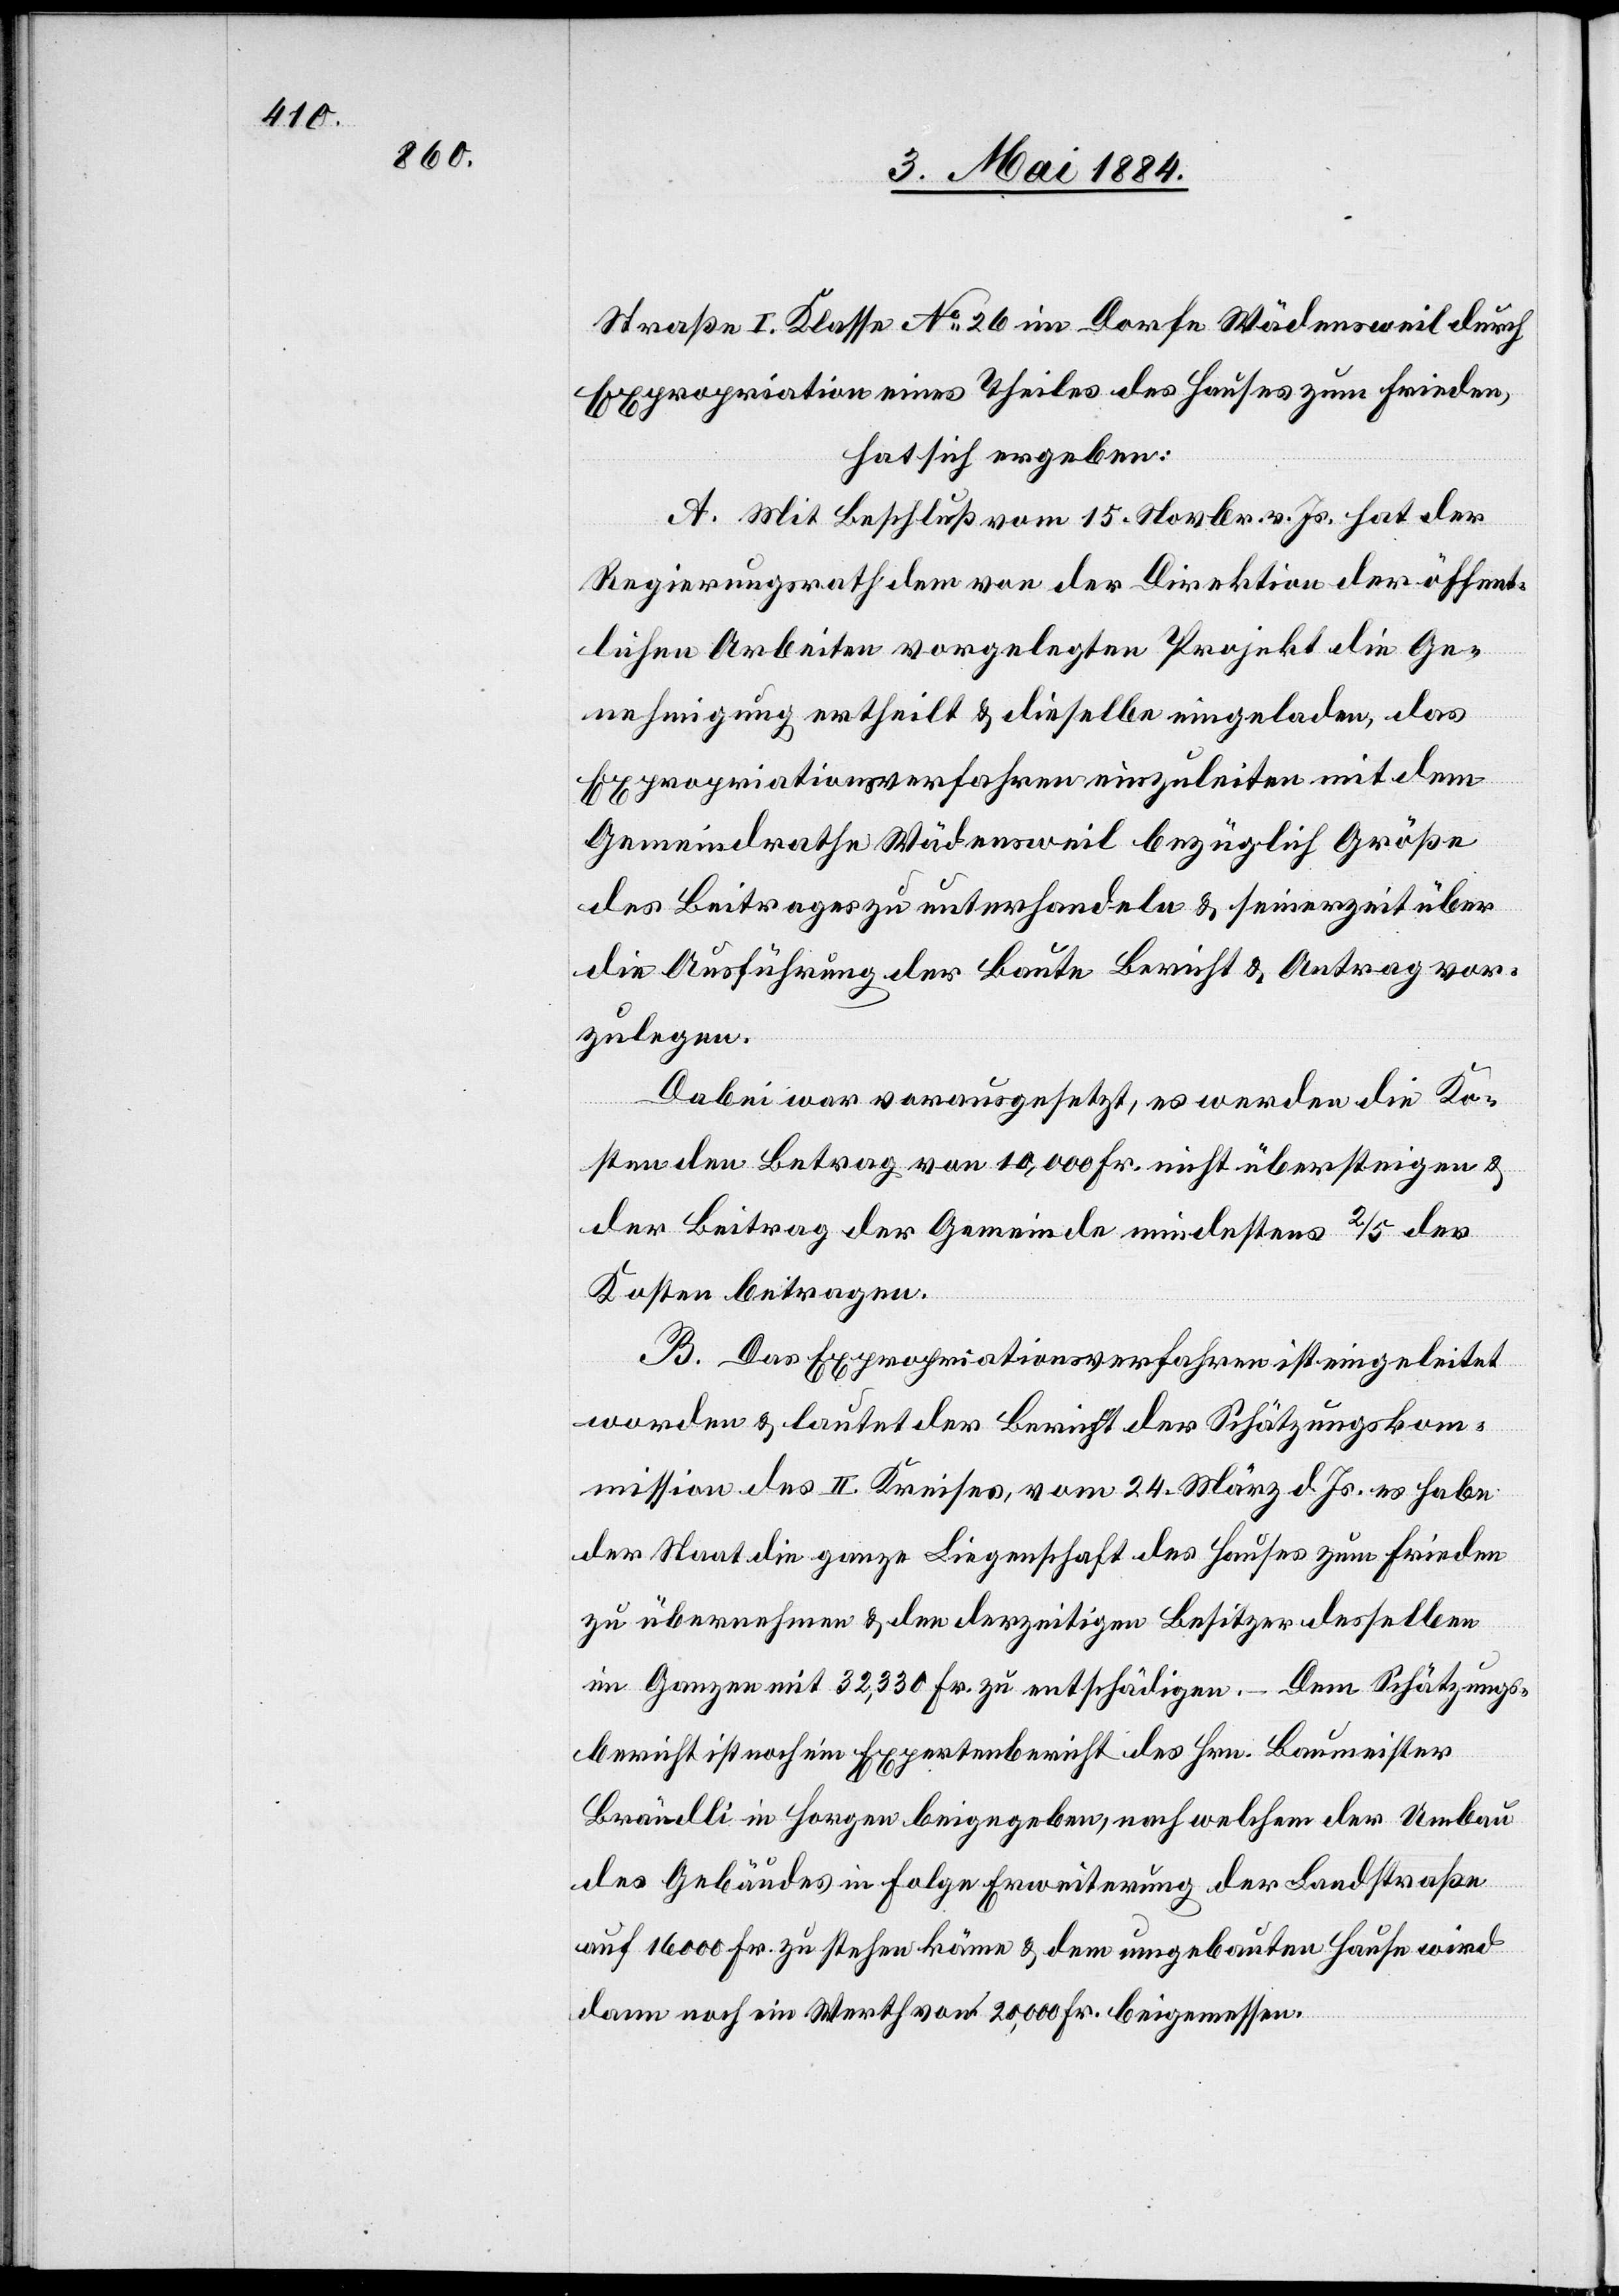
Straße I. Klasse No 26 im Dorfe Wädensweil durch
Expropriation eines Theiles des Hauses zum Frieden,
hat sich ergeben:
A. Mit Beschluß vom 15. Novbr. v. Js. hat der
Regierungsrath dem von der Direktion der öffent¬
lichen Arbeiten vorgelegten Projekt die Ge¬
nehmigung ertheilt & dieselbe eingeladen, das
Expropriationsverfahren einzuleiten mit dem
Gemeindrathe Wädensweil bezüglich Größe
des Beitrages zu unterhandeln & seinerzeit über
die Ausführung der Baute Bericht & Antrag vor¬
zulegen.
Dabei war vorausgesetzt, es werden die Ko¬
sten den Betrag von 10,000 Fr. nicht übersteigen &
der Beitrag der Gemeinde mindestens 2/5 der
Kosten betragen.
B. Das Expropriationsverfahren ist eingeleitet
worden & lautet der Bericht der Schätzungskom¬
mission des II. Kreises, vom 24. März d. Js. es habe
der Staat die ganze Liegenschaft des Hauses zum Frieden
zu übernehmen & den derzeitigen Besitzer desselben
im Ganzen mit 32,330 Fr. zu entschädigen. Dem Schätzungs¬
bericht ist noch ein Expertenbericht des Hrn. Baumeister
Brändli in Horgen beigegeben, nach welchem der Umbau
des Gebäudes in Folge Erweiterung der Landstraße
auf 16000 Fr. zu stehen käme & dem umgebauten Hause wird
dann noch ein Werth von 20,000 Fr. beigemessen.